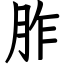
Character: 胙